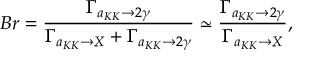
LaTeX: B r = \frac { \Gamma _ { a _ { K K } \rightarrow 2 \gamma } } { \Gamma _ { a _ { K K } \rightarrow X } + \Gamma _ { a _ { K K } \rightarrow 2 \gamma } } \simeq \frac { \Gamma _ { a _ { K K } \rightarrow 2 \gamma } } { \Gamma _ { a _ { K K } \rightarrow X } } ,